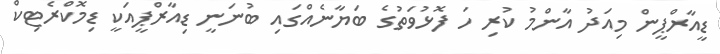
ޑީއާރްޕީން މިއަދު އާންމު ކުރި ހަ ފޮޅުވަތުގެ ބަޔާނެއްގައި ބުނަނީ ޑިއާރްޕީއަކީ ޑިމޮކްރެޓިކް